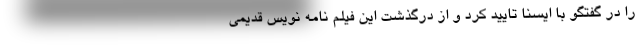
را در گفتگو با ایسنا تایید کرد و از درگذشت این فیلم نامه نویس قدیمی